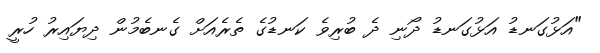
"އަޅުގަނޑު އަޅުގަނޑު ދޯނި ދެ ބުރިވެ ކަނޑުގެ ތެރެއަށް ގެނބެމުން ދިޔައިރު ހުރީ